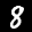
Label: 8